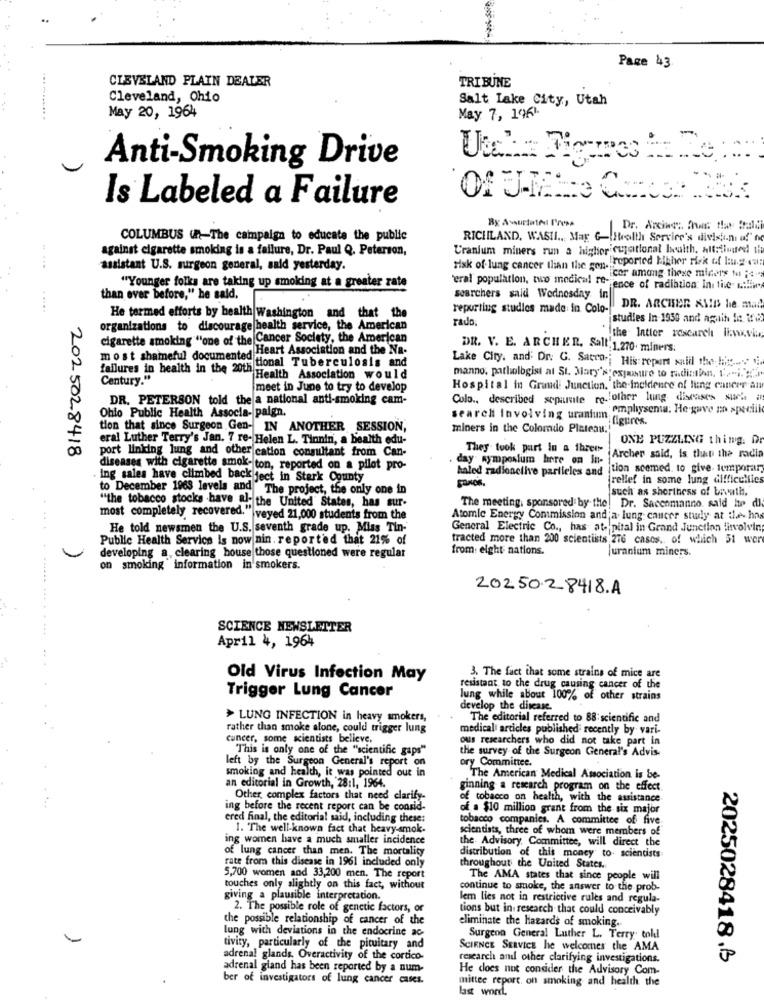
Page 43.
CLEVELAND PLAIN DEALER
TRIBUNE
Cleveland, Ohio
Salt Lake City, Utah
May 20, 1964
May 7, 1961
Anti-Smoking Drive
Is Labeled a Failure
By AvurtatAl Press
Dr. Arciac :. Pwc the frali
COLUMBUS un-The campaign to educate the public
RICHLAND, WASHI ... May G-Health Service's divisioni af" no
against cigarette smoking is a failure, Dr. Paul Q. Peterson,
Uranium miners run a higher cujotional health. Alt:tinged ile
risk of lung cancer than the son, reported higher risk of laug- eu:
assistant U.S. surgeon general, said yesterday.
"Younger folks are taking up smoking at a greater rate
cor among these miners M ;e.
'ral population, two medical re- ence of radiation Ini file ciw.
than ever before," he said,
searchers said Wednesday in|
reporting studies made in Colo-
DR. ARCHER AMID he. man
He termed efforts by health Washington and that the
rado
studies in 1930 and again in 2:2
organizations to discourage health service, the American
cigarette smoking "one of the Cancer Society, the American
the Inttor research live.vi
Heart Association and the Na-
DR. V. E. ARCHER, Salt. 1.270. miners:
failures in health in the 2015 tional Tuberculosis and
most shameful documented Hea
Lake City. and' Dr. G. Sacco. His ropert snill the ligt .....
Century."
th Health Association would
manno, pathologist at St. Mary's exjasure to radiation, 1."i. gr
meet in June to try to develop
Hospital in Granul Junction, the Incidence of lung cancer an
DR. PETERSON told the a national anti-smoking cam-
Colo ., described separate ro. other lung diseases such a
search involving uranium; emphysema. He-gave no speciil
Ohio Public Health Associa- paign.
tion that since Surgeon Gen- IN ANOTHER SESSION,
miners in the Colomdo Plateau:
eral Luther Terry's Jan. 7 re- Helen L. Tionin, a health edu-
ONE PUZZLING thing. D
They took part in a three-
2025028418
port linking lung and other cation consultant from Can-
day symposium here on In-
Archer said, is that the radin
diseases with cigarette smok- ton, reported on a pilot pro-
haled radioactive partieles and tion seemed. to give temporary
. Ing sales have climbed back ject in Stark County
relief in some lung difficulties
to December 1963 levels and The project, the only one in
such as shortness of bevath.
"the tobacco stocks .have al- the United States, has sur-
The meeting, sponsored by the! Dr. Sacenmanno. said Itp di
most completely recovered." veyed 21,000 students from the
Atomic Energy Commission and;a. lung cancer stuly at the hns
He told newsmen the U.S. seventh grade up. Miss Tin-
General Electric Co ., has at- pital in Grand Junction finvolving
Public Health Service is now nin. reported that 21% of
tracted more than 200 scientists 276 cases, of which 51 wer
from: eight nations.
uranium miners.
developing a, clearing house those questioned were regular
on smoking information in'smokers.
2025028418.A
SCIENCE NEWSLETTER
April 4, 1964
Old Virus Infection May
3. The fact that some strains of mice are
Trigger Lung Cancer
resistant to the drug causing cancer of the
Jung while about 100% of other strains
develop the disease.
> LUNG INFECTION in heavy smokers,
The editorial referred to 88: scientific and
rather than smoke alone, could trigger lung
medical articles published recently by vari-
cancer, some scientists believe,
ous researchers who did not take part in
This is only one of the "scientific gaps"
the survey of the Surgeon General's Advis-
left by the Surgeon General's report on
ory Committee.
smoking and health, it was pointed out in
The American Medical Association is be-
an editorial in Growth, 28:1, 1964.
ginning a research program on the effect.
Other complex factors that need clarify-
of tobacco on health, with the assistance
ing before the recent report can be consid-
of a $10 million grant from the six major
cred final, the editorial said, including these:
tobacco companies. A committee of five
1. The well-known fact that heavy-smok.
scientists, three of whom were members of
ing women have a much smaller incidence
the Advisory Committee, will direct the
of lung cancer than men. The mortality
rate from this disease in 1961 included only
distribution of this money to. scientists
throughout the United States
5,700 women and 33,200 men. The report
The AMA states that since people will
touches only slightly on this fact, without
continue to smoke, the answer to the prob-
giving a plausible interpretation.
lem lies not in restrictive rules and regula-
2. The possible role of genetic factors, or
tions but in research that could conceivably
the possible relationship of cancer of the
eliminate the hazards of smoking.
lung with deviations in the endocrine ac-
Surgeon General Luther L. Terry toldl
tivity, particularly of the pituitary and
SCIENCE SERVICE he welcomes the AMA
adrenal glands. Overactivity of the cortico-
research and other clarifying investigations.
2025028418.B
adrenal gland has been reported by a num-
He does not consider the Advisory Com-
ber of investigators of lung cancer cases.
mittee report on smoking and health the
last word,